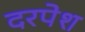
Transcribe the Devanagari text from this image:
दरपेश